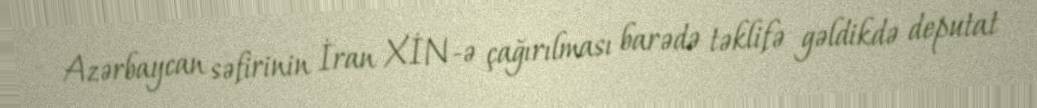
Azərbaycan səfirinin İran XİN-ə çağırılması barədə təklifə gəldikdə deputat